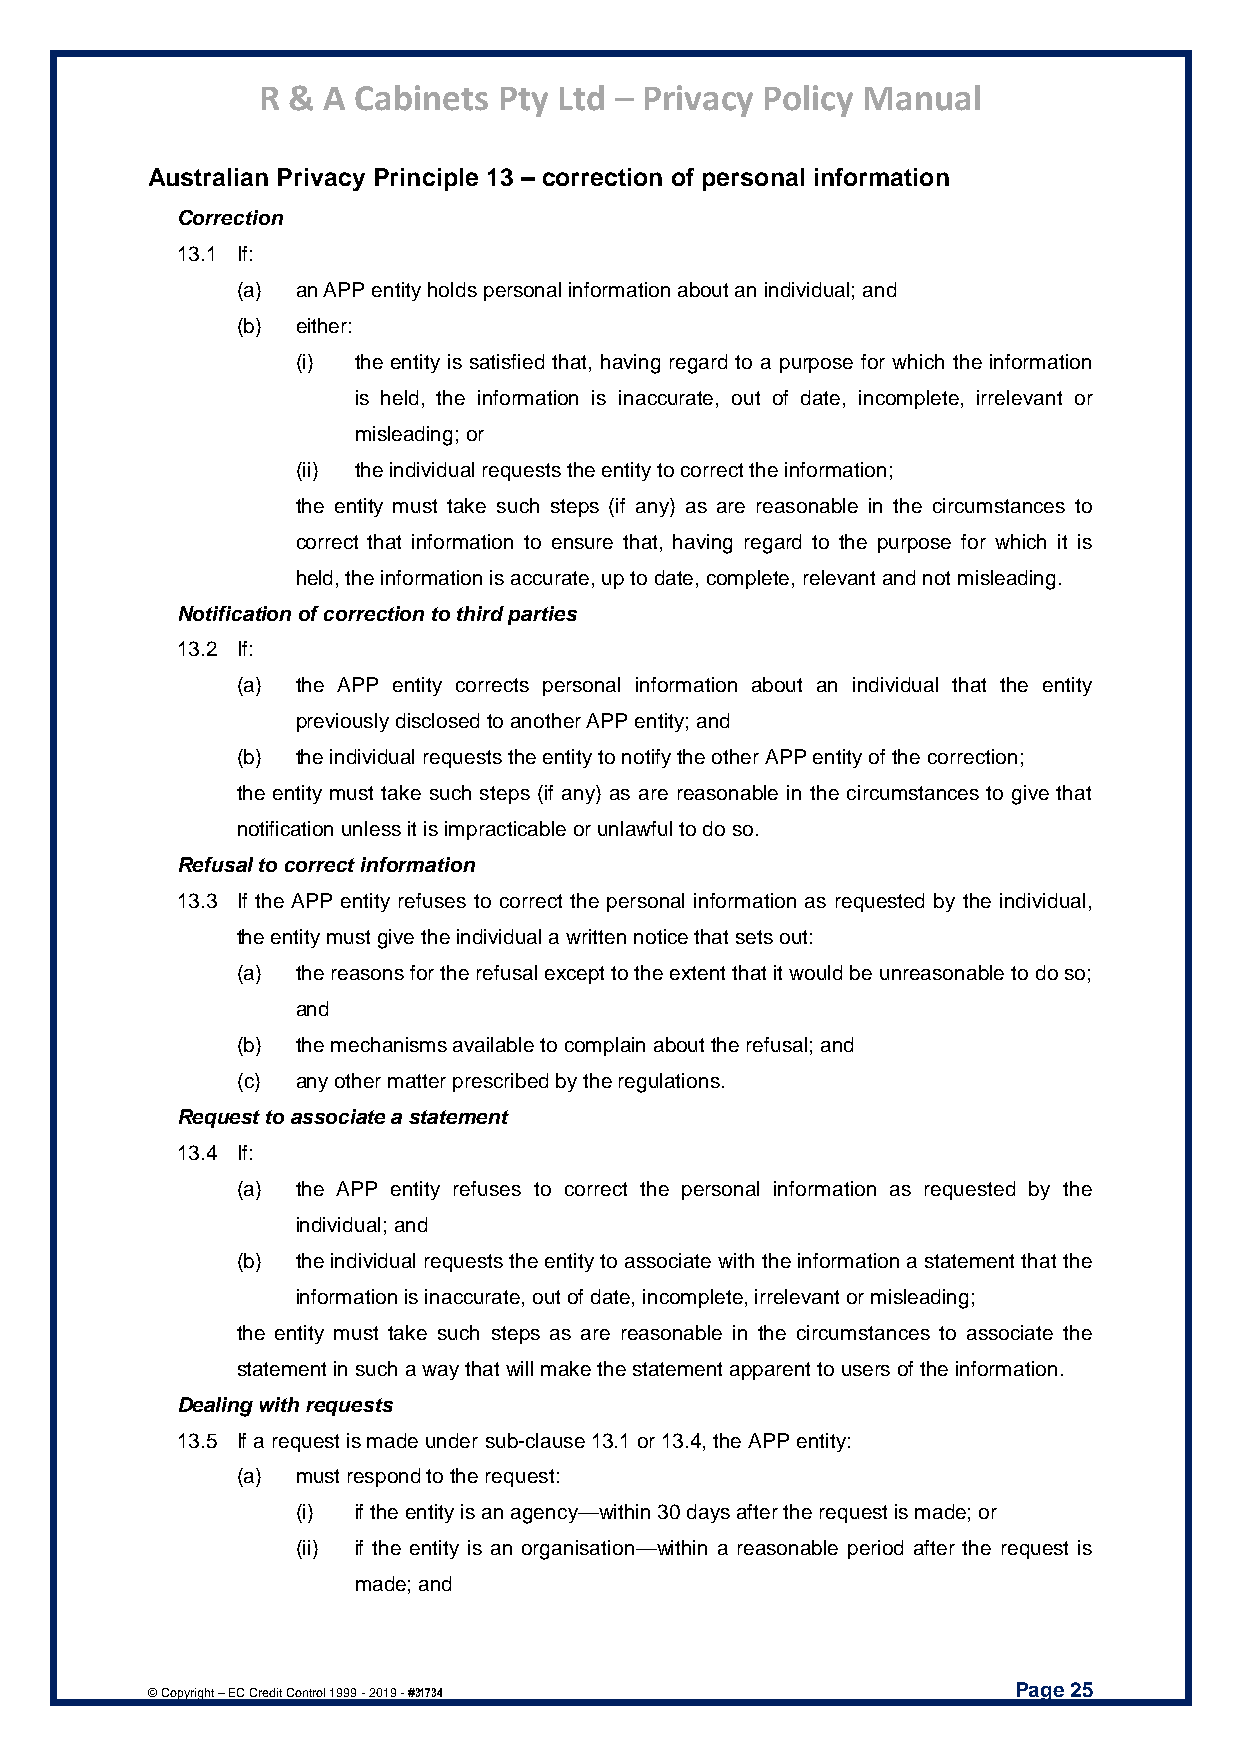
R & A Cabinets  Pty Ltd – Privacy Policy Manual
 Australian Privacy Principle 13 – correction of personal information
 Correction
 13.1 If:
 (a) an APP entity holds personal information about an individual; and
 (b) either:
 (i) the entity is satisfied that, having regard to a purpose for which the information
 is held, the information is inaccurate, out of date, incomplete, irrelevant or
 misleading; or
 (ii) the individual requests the entity to correct the information;
 the entity must take such steps (if any) as are reasonable in the circumstances to
 correct that information to ensure that, having regard to the purpose for which it is
 held, the information is accurate, up to date, complete, relevant and not misleading.
 Notification of correction to third parties
 13.2 If:
 (a) the APP entity corrects personal information about an individual that the entity
 previously disclosed to another APP entity; and
 (b) the individual requests the entity to notify the other APP entity of the correction;
 the entity must take such steps (if any) as are reasonable in the circumstances to give that
 notification unless it is impracticable or unlawful to do so.
 Refusal to correct information
 13.3 If the APP entity refuses to correct the personal information as requested by the individual,
 the entity must give the individual a written notice that sets out:
 (a) the reasons for the refusal except to the extent that it would be unreasonable to do so;
 and
 (b) the mechanisms available to complain about the refusal; and
 (c) any other matter prescribed by the regulations.
 Request to associate a statement
 13.4 If:
 (a) the APP entity refuses to correct the personal information as requested by the
 individual; and
 (b) the individual requests the entity to associate with the information a statement that the
 information is inaccurate, out of date, incomplete, irrelevant or misleading;
 the entity must take such steps as are reasonable in the circumstances to associate the
 statement in such a way that will make the statement apparent to users of the information.
 Dealing with requests
 13.5 If a request is made under sub-clause 13.1 or 13.4, the APP entity:
 (a) must respond to the request:
 (i) if the entity is an agency—within 30 days after the request is made; or
 (ii) if the entity is an organisation—within a reasonable period after the request is
 made; and
 Page 25
 © Copyright – EC Credit Control 1999 - 2019 - #31734